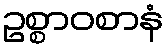
ဥစ္စာဝစာနံ